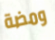
ومضة